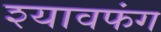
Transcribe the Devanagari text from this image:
श्यावफंग